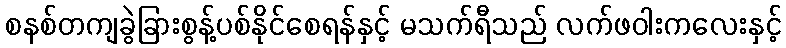
စနစ်တကျခွဲခြားစွန့်ပစ်နိုင်စေရန်နှင့် မသက်ရီသည် လက်ဖဝါးကလေးနှင့်